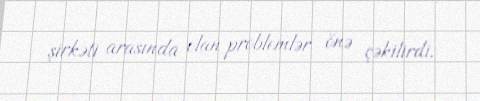
şirkəti arasında olan problemlər önə çəkilirdi.